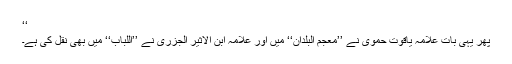
‘‘
پھر یہی بات علامہ یاقوت حمویؒ نے ’’معجم البلدان‘‘ میں اور علامہ ابن الاثیر الجزریؒ نے ’’اللباب‘‘ میں بھی نقل کی ہے۔